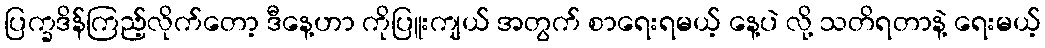
ပြက္ခဒိန်ကြည့်လိုက်တော့ ဒီနေ့ဟာ ကိုပြူးကျယ် အတွက် စာရေးရမယ့် နေ့ပဲ လို့ သတိရတာနဲ့ ရေးမယ့်